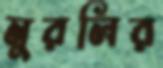
মুরলির